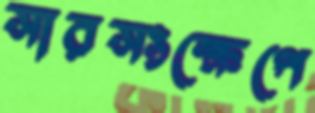
সারসংক্ষেপে